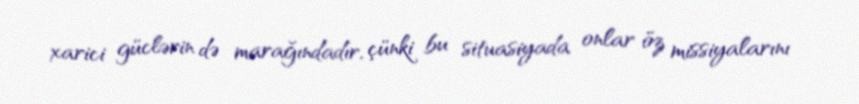
xarici güclərin də marağındadır, çünki bu situasiyada onlar öz missiyalarını